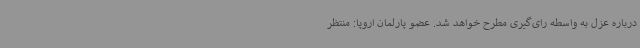
درباره عزل به واسطه رای‌گیری مطرح خواهد شد. عضو پارلمان اروپا: منتظر